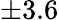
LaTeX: \pm 3.6